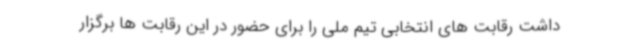
داشت رقابت های انتخابی تیم ملی را برای حضور در این رقابت ها برگزار